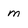
Character: m